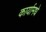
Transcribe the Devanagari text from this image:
कार्यामधे